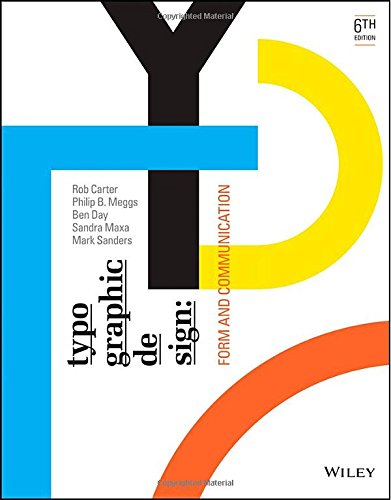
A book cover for Typographic Design: Form and Communication; Rob Carter; Arts & Photography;